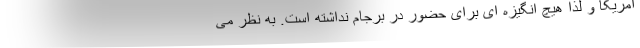
آمریکا و لذا هیچ انگیزه ای برای حضور در برجام نداشته است. به نظر می